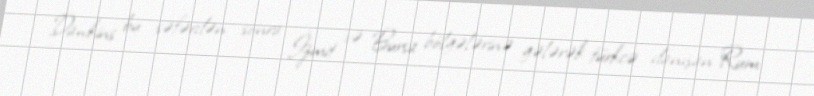
Dawkins bu səfərdən sonra İzmit və Bursa bölgələrinə gələrək türkcə danışan Rum